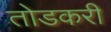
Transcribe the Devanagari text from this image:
तोडकरी